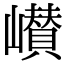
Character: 㠝